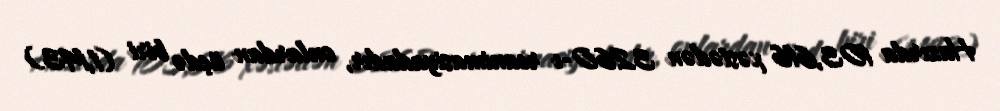
Hazırda 103,616 xəstədən 3260-ı reanimasiyadadır, onlardan üçdə biri (1,143)